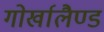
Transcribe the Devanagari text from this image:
गोर्खालैण्ड